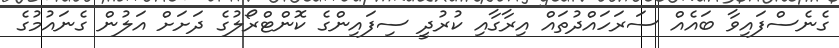
ގެނެސްފައިވާ ބައެއް ސަރަހައްދުތައް އިރާގާއި ކުރުދީ ސިފައިންގެ ކޮންޓްރޯލުގެ ދަށަށް އަލުން ގެނައުމުގެ